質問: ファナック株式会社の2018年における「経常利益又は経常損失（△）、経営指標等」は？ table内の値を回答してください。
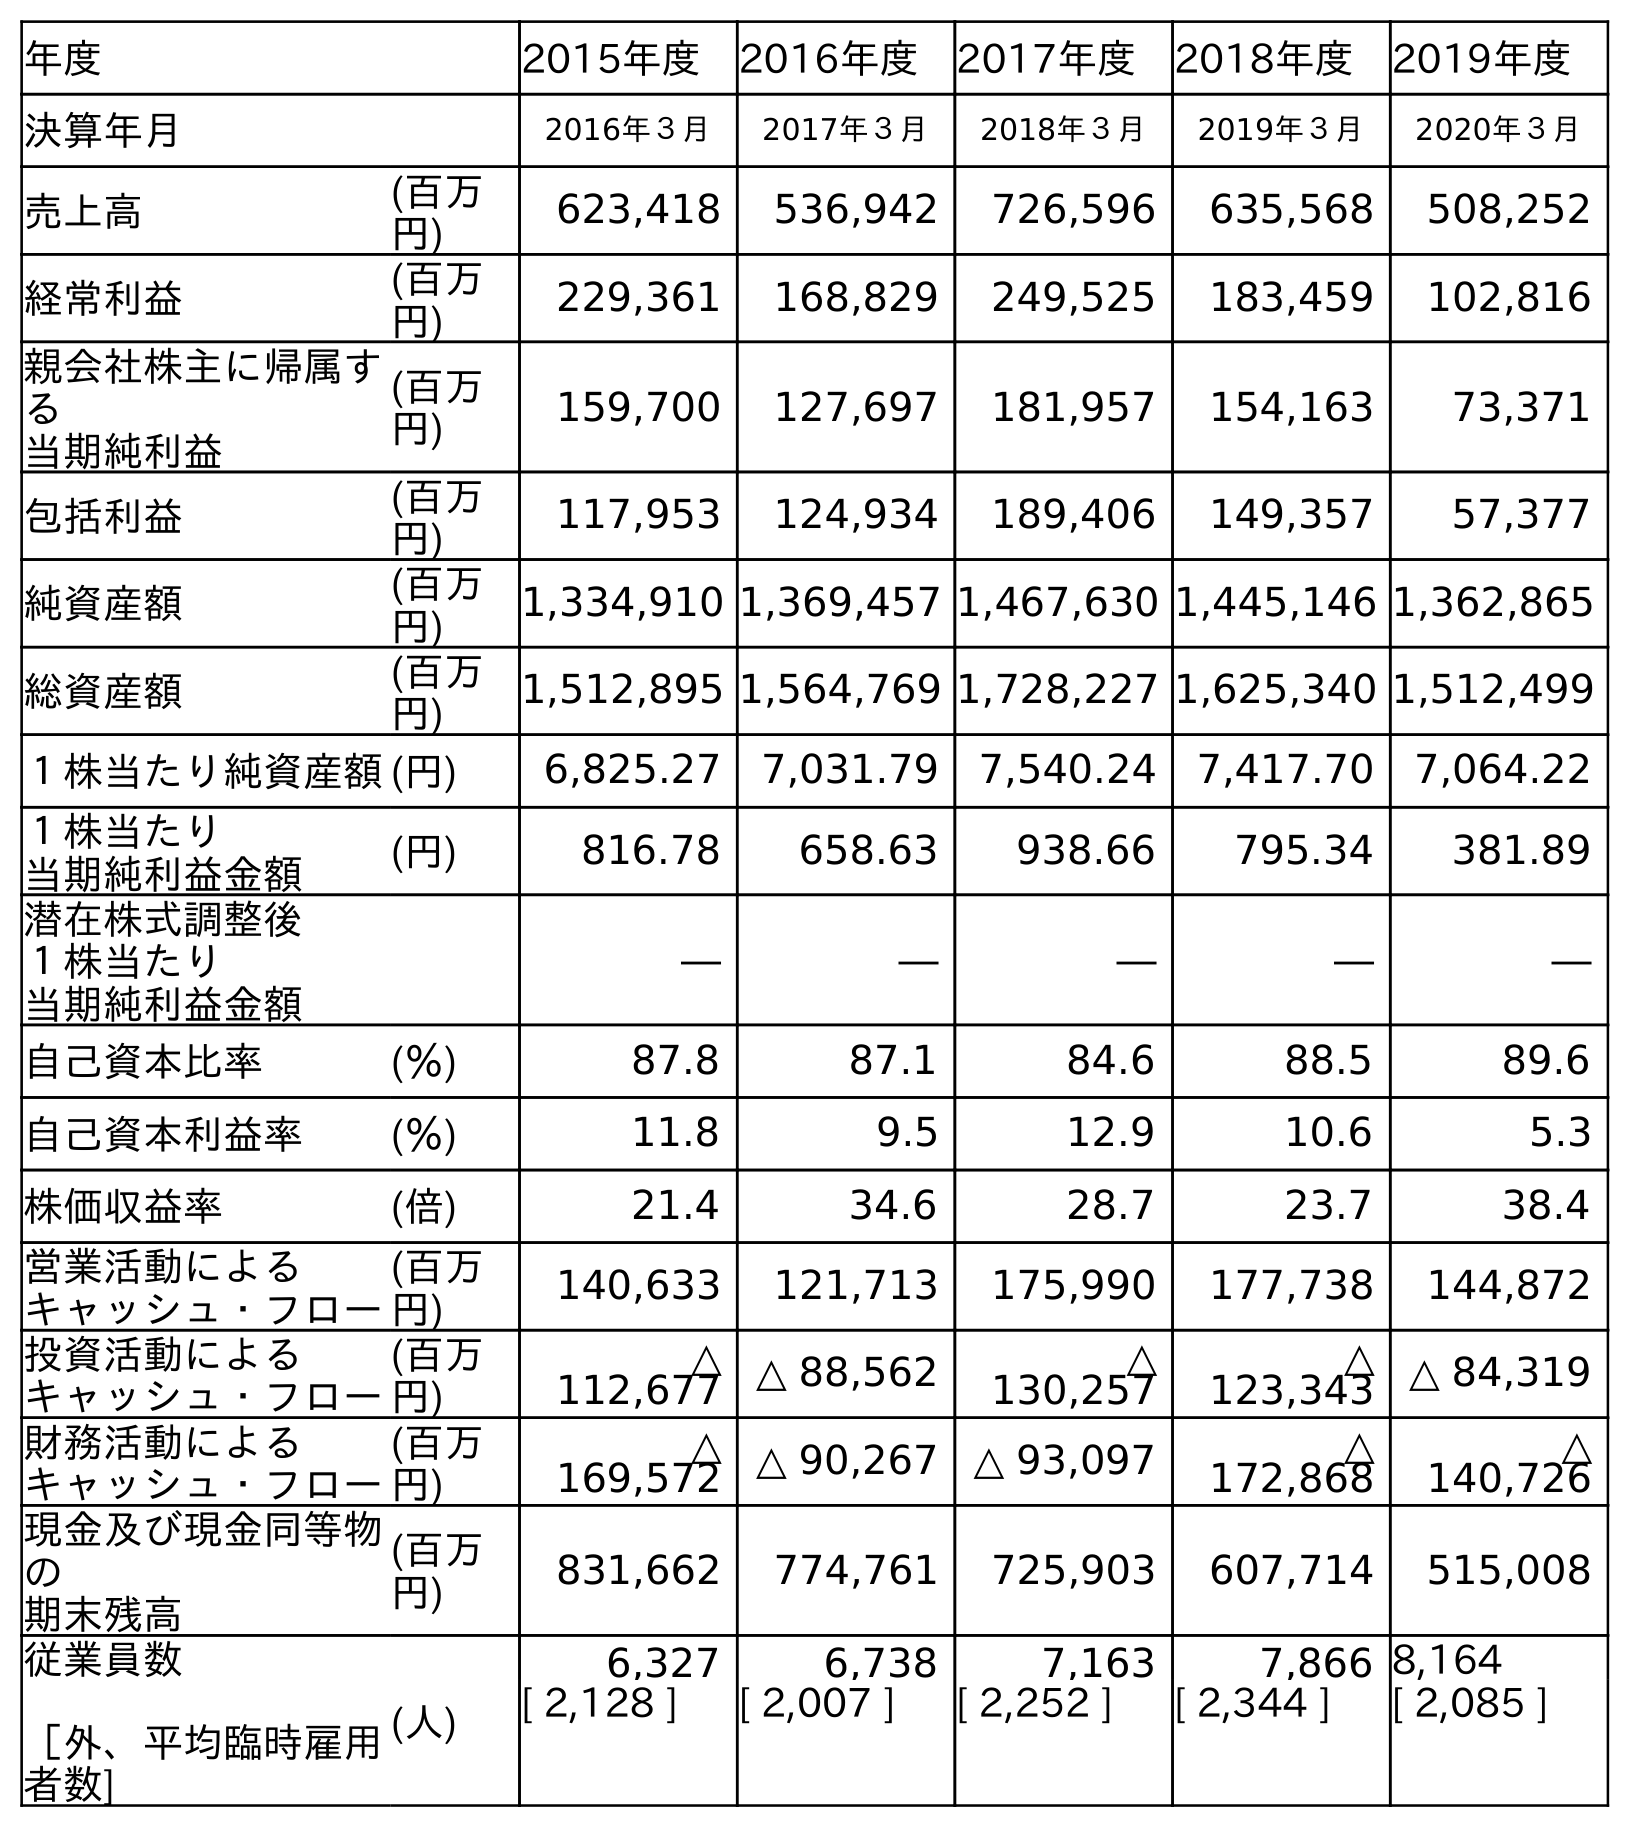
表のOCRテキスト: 年度 2015年度 2016年度 2017年度 2018年度 2019年度 決算年月 2016年３月 2017年３月 2018年３月 2019年３月 2020年３月 売上高 (百万 円) 623,418 536,942 726,596 635,568 508,252 経常利益 (百万 円) 229,361 168,829 249,525 183,459 102,816 親会社株主に帰属す る 当期純利益 (百万 円) 159,700 127,697 181,957 154,163 73,371 包括利益 (百万 円) 117,953 124,934 189,406 149,357 57,377 純資産額 (百万 円) 1,334,910 1,369,457 1,467,630 1,445,146 1,362,865 総資産額 (百万 円) 1,512,895 1,564,769 1,728,227 1,625,340 1,512,499 １株当たり純資産額(円) 6,825.27 7,031.79 7,540.24 7,417.70 7,064.22 １株当たり 当期純利益金額 (円) 816.78 658.63 938.66 795.34 381.89 潜在株式調整後 １株当たり 当期純利益金額 ― ― ― ― ― 自己資本比率 (％) 87.8 87.1 84.6 88.5 89.6 自己資本利益率 (％) 11.8 9.5 12.9 10.6 5.3 株価収益率 (倍) 21.4 34.6 28.7 23.7 38.4 営業活動による キャッシュ・フロー (百万 円) 140,633 121,713 175,990 177,738 144,872 投資活動による キャッシュ・フロー (百万 円) △ 112,677 △ 88,562 △ 130,257 △ 123,343 △ 84,319 財務活動による キャッシュ・フロー (百万 円) △ 169,572 △ 90,267 △ 93,097 △ 172,868 △ 140,726 現金及び現金同等物 の 期末残高 (百万 円) 831,662 774,761 725,903 607,714 515,008 従業員数 ［外、平均臨時雇用 者数] (人) 6,327 6,738 7,163 7,866 8,164 [ 2,128 ] [ 2,007 ] [ 2,252 ] [ 2,344 ] [ 2,085 ]
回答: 249,525